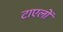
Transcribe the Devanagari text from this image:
टाएलों